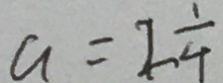
a = 2 \frac { 1 } { 4 }